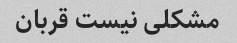
مشکلی نیست قربان